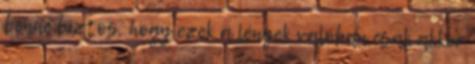
benne biztos, hogy ezek a lények valóban csak akkor